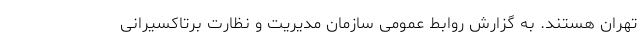
تهران هستند. به گزارش روابط عمومی سازمان مدیریت و نظارت برتاکسیرانی